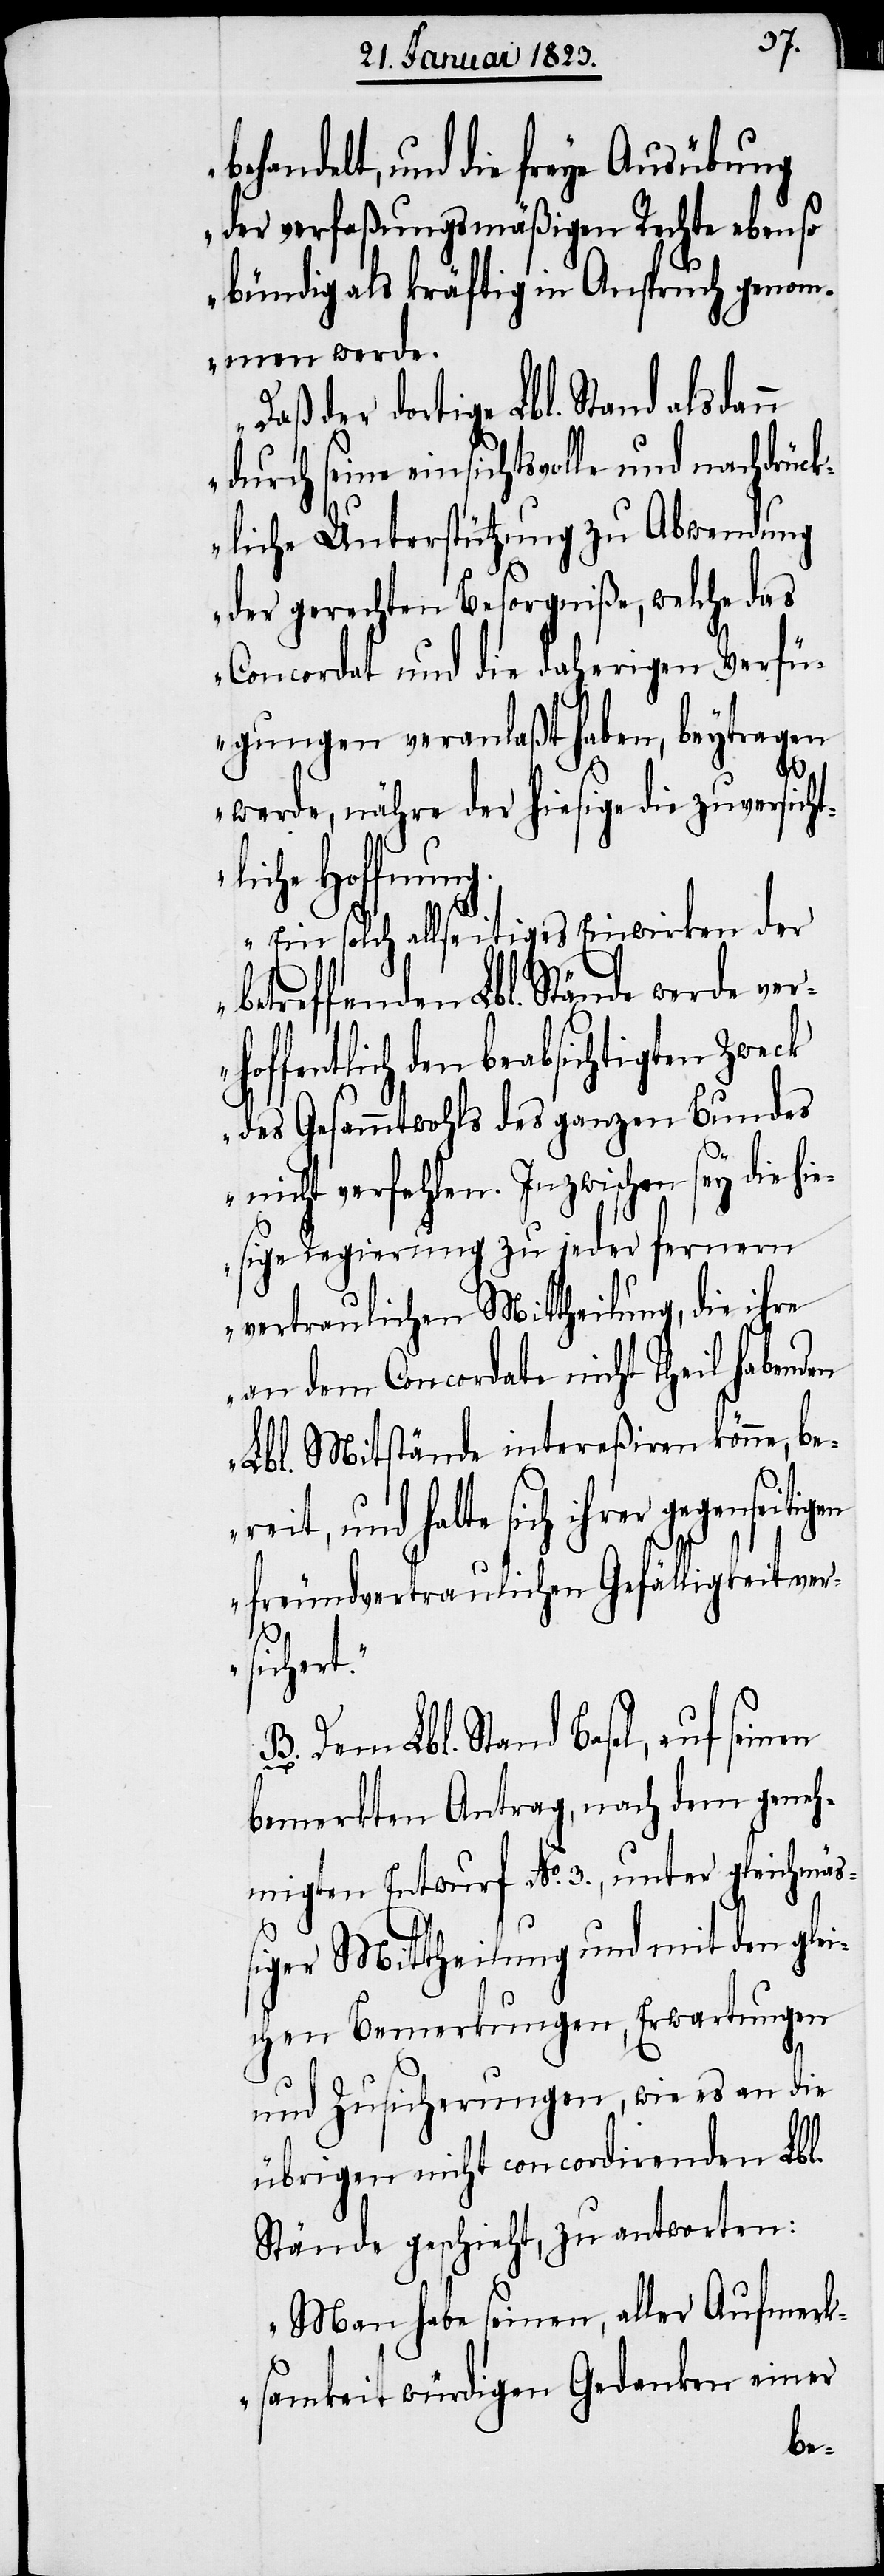
behandelt, und die freye Ausübung
der verfaßungsmäßigen Rechte ebenso
bündig als kräftig in Anspruch genom¬
men werde.
Daß der dortige Lbl. Stand als¬
durch seine einsichtsvolle und nachdrüc¬
kliche Unterstützung zu Abwendung
der gerechten Besorgniße, welche das
Concordat und die daherigen Verfü¬
gungen veranlaßt haben, beytragen
t.“
werde, nähre der hiesige die zuversich¬
tliche Hoffnung.
Ein solch allseitiges Einwirken der
betreffenden Lbl. Stände werde ver¬
hoffentlich den beabsichtigten Zweck
des Gesammtwohls des ganzen Bundes
nicht verfehlen. Inzwischen sey die hi¬
esige Regierung zu jeder fernern
vertraulichen Mittheilung, die ihre
an dem Concordate nicht Theil habenden
Lbl. Mitstände intereßiren könne, be¬
reit, und halte sich ihrer gegenseitig¬
en freundvertraulichen Gefälligkeit ver¬
sicher¬
B. Dem Lbl. Stand Basel, auf seinen
bemerkten Antrag, nach dem geneh¬
migten Entwurf No. 3., unter gleichmäß¬
iger Mittheilung und mit den gle¬
ichen Bemerkungen, Erwartungen
und Zusicherungen, wie es an die
übrigen nicht concordirenden Lbl.
Stände geschieht, zu antworten:
„Man habe seinen, aller Aufmerk¬
samkeit würdigen Gedanken einer